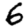
Digit: 6